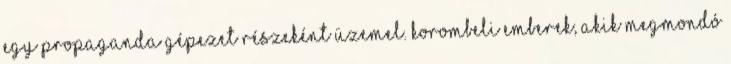
egy propaganda gépezet részeként üzemel. Korombeli emberek, akik megmondó